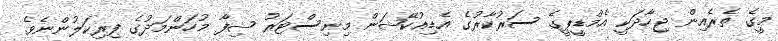
މީގެ ތެރެއިން ޖިހާދަކީ އެމްޑީޕީގެ ސަރުކާރުގެ އެޑިއުކޭޝަން މިނިސްޓަރު ޝިފާ މުހަންމަދުގެ ފިރިކަލުންނެވެ.